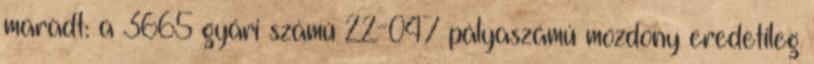
maradt: a 3665 gyári számú 22-047 pályaszámú mozdony eredetileg